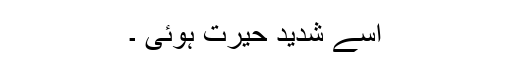
اسے شدید حیرت ہوئی ۔